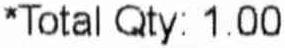
*TOTAL QTY: 1.00